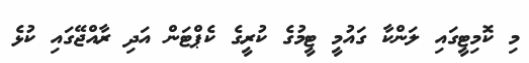
މި ކޮމިޓީގައި ލަންކާ ގައުމީ ޓީމުގެ ކުރީގެ ކެޕްޓަން އަދި ރާއްޖޭގައި ކުޅެ